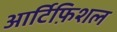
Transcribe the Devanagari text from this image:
आर्टिफ़िशल